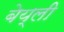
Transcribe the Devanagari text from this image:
बेय्ली